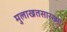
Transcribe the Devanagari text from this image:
मुलाखतसारख्या